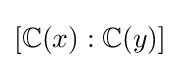
[\mathbb {C} (x):\mathbb {C} (y)]